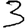
Digit: 3